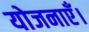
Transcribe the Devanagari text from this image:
योजनाएँ।